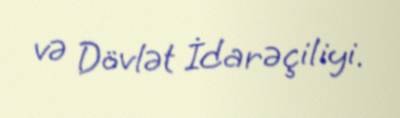
və Dövlət İdarəçiliyi.